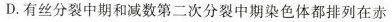
D.有丝分裂中期和减数第二次分裂中期染色体都排列在赤